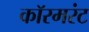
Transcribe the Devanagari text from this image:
कॉरमरंट